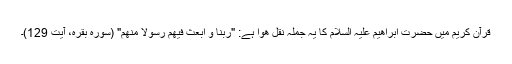
قرآن کریم میں حضرت ابراھیم علیہ السلام کا یہ جملہ نقل ھوا ہے: "رَبَّنا وَ ابْعَثْ فِیهِمْ رَسُولًا مِنْهُمْ" (سورہ بقرہ، آیت 129)۔